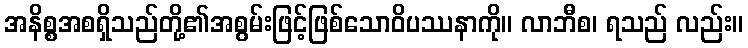
အနိစ္စအစရှိသည်တို့၏အစွမ်းဖြင့်ဖြစ်သောဝိပဿနာကို။ လာဘီစ၊ ရသည် လည်း။